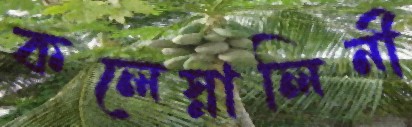
কলেস্নালিনী